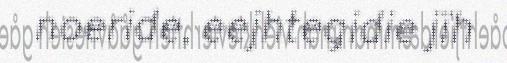
noeride, eejhtegidie jïh